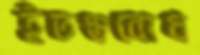
ইতস্তবোধ